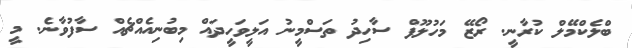
ބްލެކްމޭލް ކުރާނީ. ރޯޒޭ މަހުލޫފް ސާހިދު ތަސްމީނު އަލީވަހީދައް މިބުނިއެއްޗެއް ސާފުވާނެ. މީ